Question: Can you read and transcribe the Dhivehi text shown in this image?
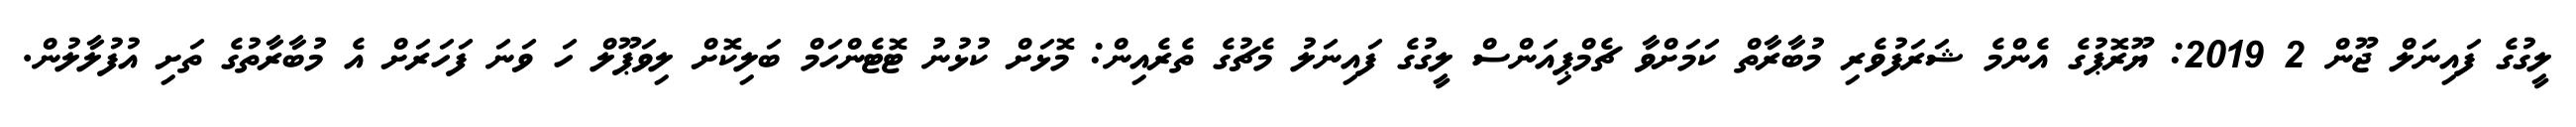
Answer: ލީގުގެ ފައިނަލް ޖޫން 2 2019: ޔޫރޮޕުގެ އެންމެ ޝަރަފުވެރި މުބާރާތް ކަމަށްވާ ޗެމްޕިއަންސް ލީގުގެ ފައިނަލު މެޗުގެ ތެރެއިން: މޮޅަށް ކުޅުނު ޓޮޓެންހަމް ބަލިކޮށް ލިވަޕޫލް ހަ ވަނަ ފަހަރަށް އެ މުބާރާތުގެ ތަށި އުފުލާލުން.